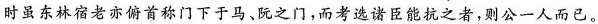
时虽东林宿老亦俯首称门下于马、阮之门，而考选诸臣能抗之者，则公一人而已。